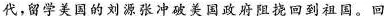
代，留学美国的刘源张冲破美国政府阻挠回到祖国。回